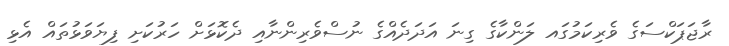
ރާޖަޕަކްސަގެ ވެރިކަމުގައ ލަންކާގެ ގިނަ އަދަދެއްގެ ނުސްވެރިންނާއި ދެކޮޅަށް ހަރުކަށި ފިޔަވަޅުތައް އެޅި